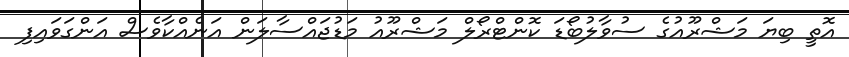
އޮތީ ބިޔަ މަޝްރޫއުގެ ސުވާލުބޯޑަ ކޮންޓްރޯލް މަޝްރޫއު މަޑުޖައްސާލަން އަނެއްކާވެސް އަންގަވައިފި